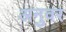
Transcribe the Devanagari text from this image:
अनुवर